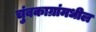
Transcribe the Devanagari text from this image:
चुंबकाग्रांमधील